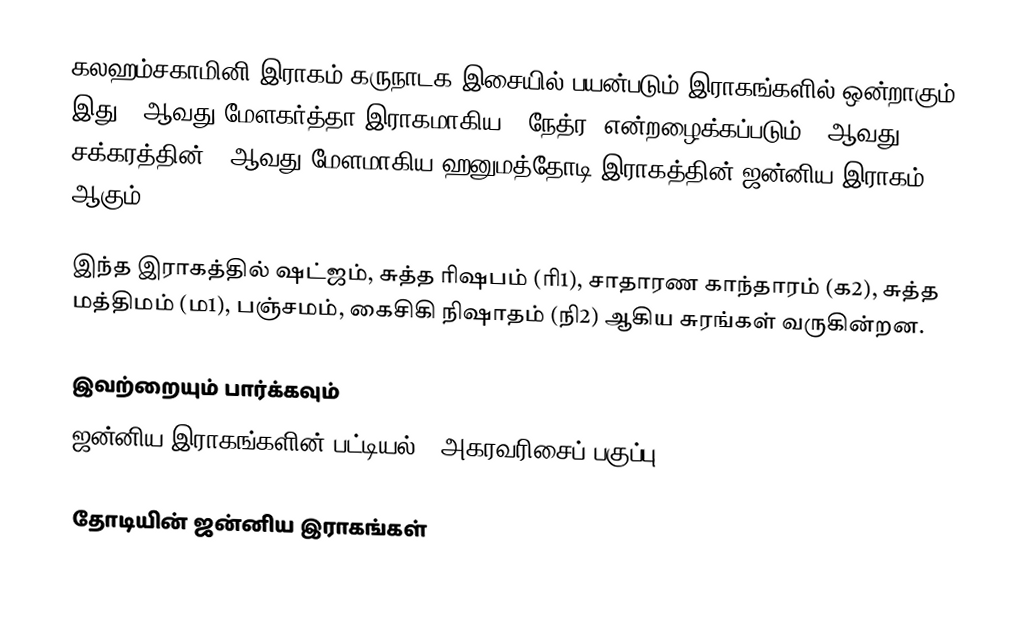
கலஹம்சகாமினி இராகம் கருநாடக இசையில் பயன்படும் இராகங்களில் ஒன்றாகும். இது 8 ஆவது மேளகர்த்தா இராகமாகிய, "நேத்ர" என்றழைக்கப்படும் 2 ஆவது சக்கரத்தின் 2 ஆவது மேளமாகிய ஹனுமத்தோடி இராகத்தின் ஜன்னிய இராகம் ஆகும்.

இந்த இராகத்தில் ஷட்ஜம், சுத்த ரிஷபம் (ரி1),  சாதாரண காந்தாரம் (க2), சுத்த மத்திமம் (ம1), பஞ்சமம், கைசிகி நிஷாதம்  (நி2) ஆகிய சுரங்கள் வருகின்றன.

இவற்றையும் பார்க்கவும்
 ஜன்னிய இராகங்களின் பட்டியல் - அகரவரிசைப் பகுப்பு

தோடியின் ஜன்னிய இராகங்கள்